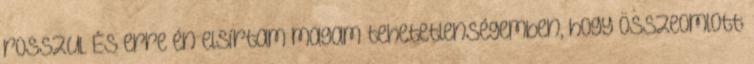
rosszul. És erre én elsírtam magam tehetetlenségemben, hogy összeomlott